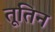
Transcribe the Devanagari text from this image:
तूतिन